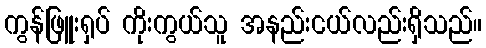
ကွန်ဖြူးရှပ် ကိုးကွယ်သူ အနည်းငယ်လည်းရှိသည်။